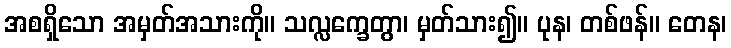
အစရှိသော အမှတ်အသားကို။ သလ္လက္ခေတွာ၊ မှတ်သား၍။ ပုန၊ တစ်ဖန်။ တေန၊